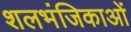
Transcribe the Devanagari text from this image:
शलभंजिकाओं